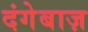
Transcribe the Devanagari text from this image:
दंगेबाज़